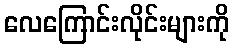
လေကြောင်းလိုင်းများကို